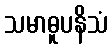
သမာဓူပနိသံ